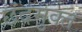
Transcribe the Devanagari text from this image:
छंदमुक्त